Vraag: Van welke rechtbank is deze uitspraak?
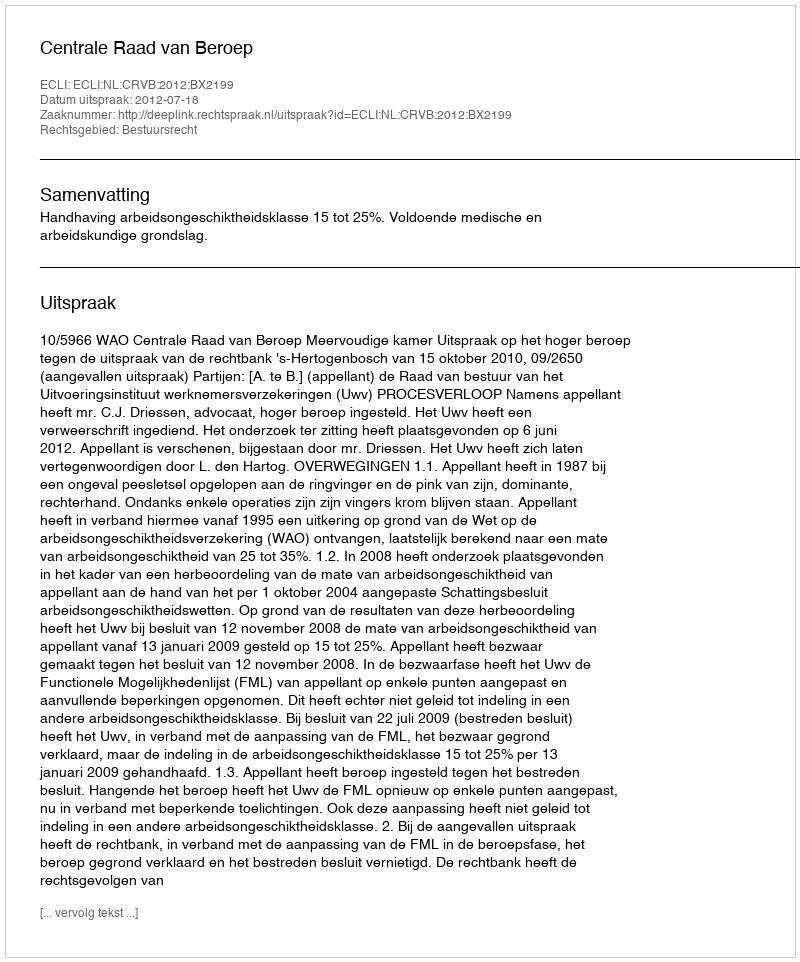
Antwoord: Centrale Raad van Beroep